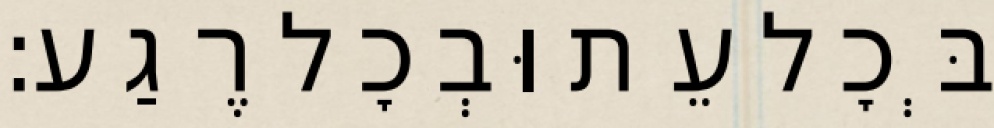
בְּכׇל עֵת וּבְכׇל רֶגַע: